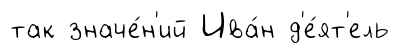
так значе́н'ий Ива́н д'е́ят'ель